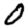
Digit: 0